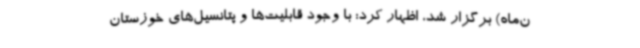
ن‌ماه) برگزار شد، اظهار کرد: با وجود قابلیت‌ها و پتانسیل‌های خوزستان